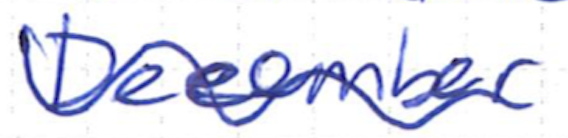
Text: December
Cross-out: wave
Writing tool: ballpoint